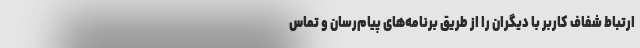
ارتباط شفاف کاربر با دیگران را از طریق برنامه‌های پیام‌رسان و تماس